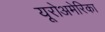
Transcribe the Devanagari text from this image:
यूरोअमेरिका